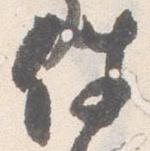
件